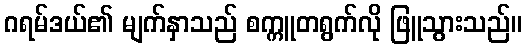
ဂရမ်ဒယ်၏ မျက်နှာသည် စက္ကူတရွက်လို ဖြူသွားသည်။